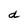
Character: d